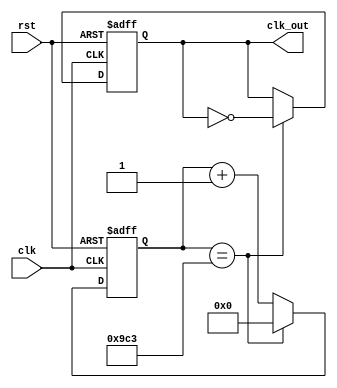
module clk_divided(clk, rst, clk_out);
input clk, rst;
output reg clk_out;
parameter N = 5000;
reg [15:0] cnt;
initial begin
cnt <= 16'b0;
clk_out <= 0;
end
always @ (posedge clk or negedge rst) begin
if (!rst) begin
  cnt <= 16'b0;
  clk_out <= 0;
end
else if(cnt == N/2-1) begin
  cnt <= 16'b0;
  clk_out <= ~clk_out;
end
else
  cnt <= cnt + 1'b1;
end
endmodule